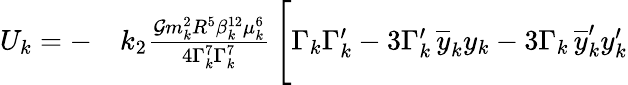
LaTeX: \begin{array}{rl}{U_{k}=-}&{{}k_{2}\frac{\mathcal{G}m_{k}^{2}R^{5}\beta_{k}^{12}\mu_{k}^{6}}{4\Gamma_{k}^{7}\Gamma_{k}^{7}}\, \Bigg[\Gamma_{k}\Gamma_{k}^{\prime}-3\Gamma_{k}^{\prime}\, \overline{{y}}_{k}y_{k}-3\Gamma_{k}\, \overline{{y}}_{k}^{\prime}y_{k}^{\prime}}\end{array}